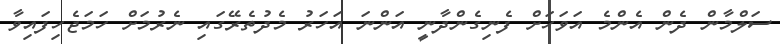
ސަލްމާން ދެން އެންމެ އަވަހަށް ފެނިގެންދާނީ އަންނަ އަހަރު މެދުތެރޭގައި ނެރުމަށް ހަމަޖެހިފައިވާ